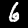
Digit: 6